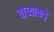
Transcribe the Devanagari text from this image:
याच्याकड़े